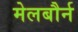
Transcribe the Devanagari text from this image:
मेलबौर्न